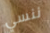
ننسي